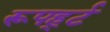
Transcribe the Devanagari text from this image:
रूपर्ह्ट